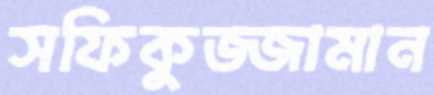
সফিকুজ্জামান